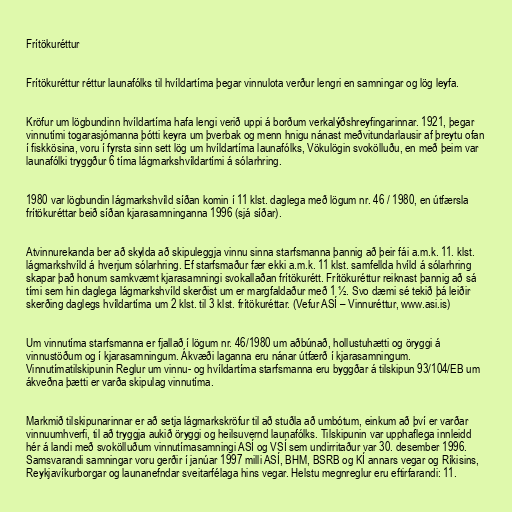
Frítökuréttur

Frítökuréttur réttur launafólks til hvíldartíma þegar vinnulota verður lengri en samningar og lög leyfa.

Kröfur um lögbundinn hvíldartíma hafa lengi verið uppi á borðum verkalýðshreyfingarinnar. 1921, þegar
vinnutími togarasjómanna þótti keyra um þverbak og menn hnigu nánast meðvitundarlausir af þreytu ofan
í fiskkösina, voru í fyrsta sinn sett lög um hvíldartíma launafólks, Vökulögin svokölluðu, en með þeim var
launafólki tryggður 6 tíma lágmarkshvíldartími á sólarhring.

1980 var lögbundin lágmarkshvíld síðan komin í 11 klst. daglega með lögum nr. 46 / 1980, en útfærsla
frítökuréttar beið síðan kjarasamninganna 1996 (sjá síðar).

Atvinnurekanda ber að skylda að skipuleggja vinnu sinna starfsmanna þannig að þeir fái a.m.k. 11. klst.
lágmarkshvíld á hverjum sólarhring. Ef starfsmaður fær ekki a.m.k. 11 klst. samfellda hvíld á sólarhring
skapar það honum samkvæmt kjarasamningi svokallaðan frítökurétt. Frítökuréttur reiknast þannig að sá
tími sem hin daglega lágmarkshvíld skerðist um er margfaldaður með 1 ½. Svo dæmi sé tekið þá leiðir
skerðing daglegs hvíldartíma um 2 klst. til 3 klst. frítökuréttar. (Vefur ASÍ – Vinnuréttur, www.asi.is)

Um vinnutíma starfsmanna er fjallað í lögum nr. 46/1980 um aðbúnað, hollustuhætti og öryggi á
vinnustöðum og í kjarasamningum. Ákvæði laganna eru nánar útfærð í kjarasamningum.
Vinnutímatilskipunin Reglur um vinnu- og hvíldartíma starfsmanna eru byggðar á tilskipun 93/104/EB um
ákveðna þætti er varða skipulag vinnutíma.

Markmið tilskipunarinnar er að setja lágmarkskröfur til að stuðla að umbótum, einkum að því er varðar
vinnuumhverfi, til að tryggja aukið öryggi og heilsuvernd launafólks. Tilskipunin var upphaflega innleidd
hér á landi með svokölluðum vinnutímasamningi ASÍ og VSÍ sem undirritaður var 30. desember 1996.
Samsvarandi samningar voru gerðir í janúar 1997 milli ASÍ, BHM, BSRB og KÍ annars vegar og Ríkisins,
Reykjavíkurborgar og launanefndar sveitarfélaga hins vegar. Helstu megnreglur eru eftirfarandi: 11.